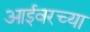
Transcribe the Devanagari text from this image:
आईवरच्या